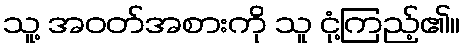
သူ့ အဝတ်အစားကို သူ ငုံ့ကြည့်၏။